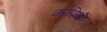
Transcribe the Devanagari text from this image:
कापियाँ